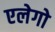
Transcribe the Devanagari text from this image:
एलेगो